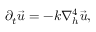
\partial _ { t } { \vec { u } } = - k \nabla _ { h } ^ { 4 } \vec { u } ,